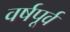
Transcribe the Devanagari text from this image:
वर्षपूर्व